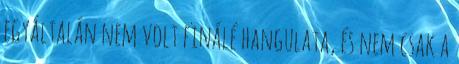
egyáltalán nem volt finálé hangulata, és nem csak a